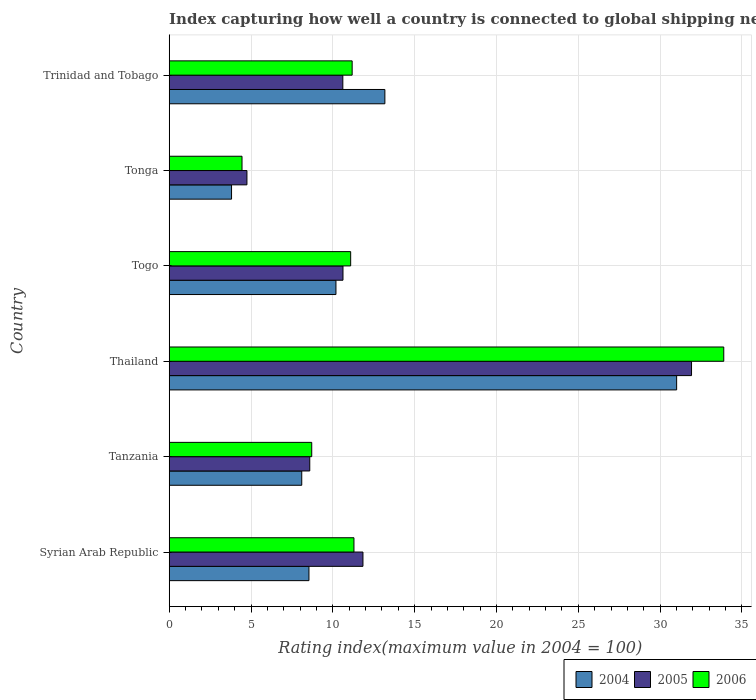
| Country | 2004 | 2005 | 2006 |
 | --- | --- | --- | --- |
 | Syrian Arab Republic | 8.54 | 11.8 | 11.3 |
 | Tanzania | 8.1 | 8.59 | 8.71 |
 | Thailand | 31 | 31.9 | 33.9 |
 | Togo | 10.2 | 10.6 | 11.1 |
 | Tonga | 3.81 | 4.75 | 4.45 |
 | Trinidad and Tobago | 13.2 | 10.6 | 11.2 |